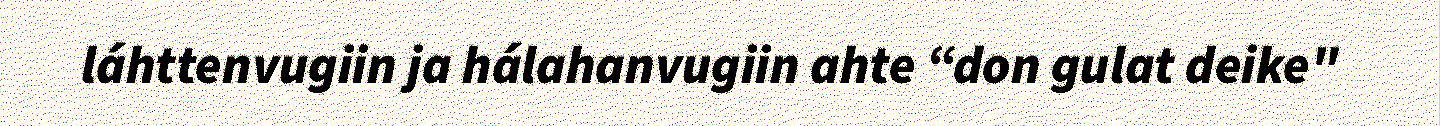
láhttenvugiin ja hálahanvugiin ahte “don gulat deike"